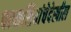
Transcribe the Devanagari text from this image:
परमशिवांचेदेखील